Leningradi_Edasi_toimetus, lk 95
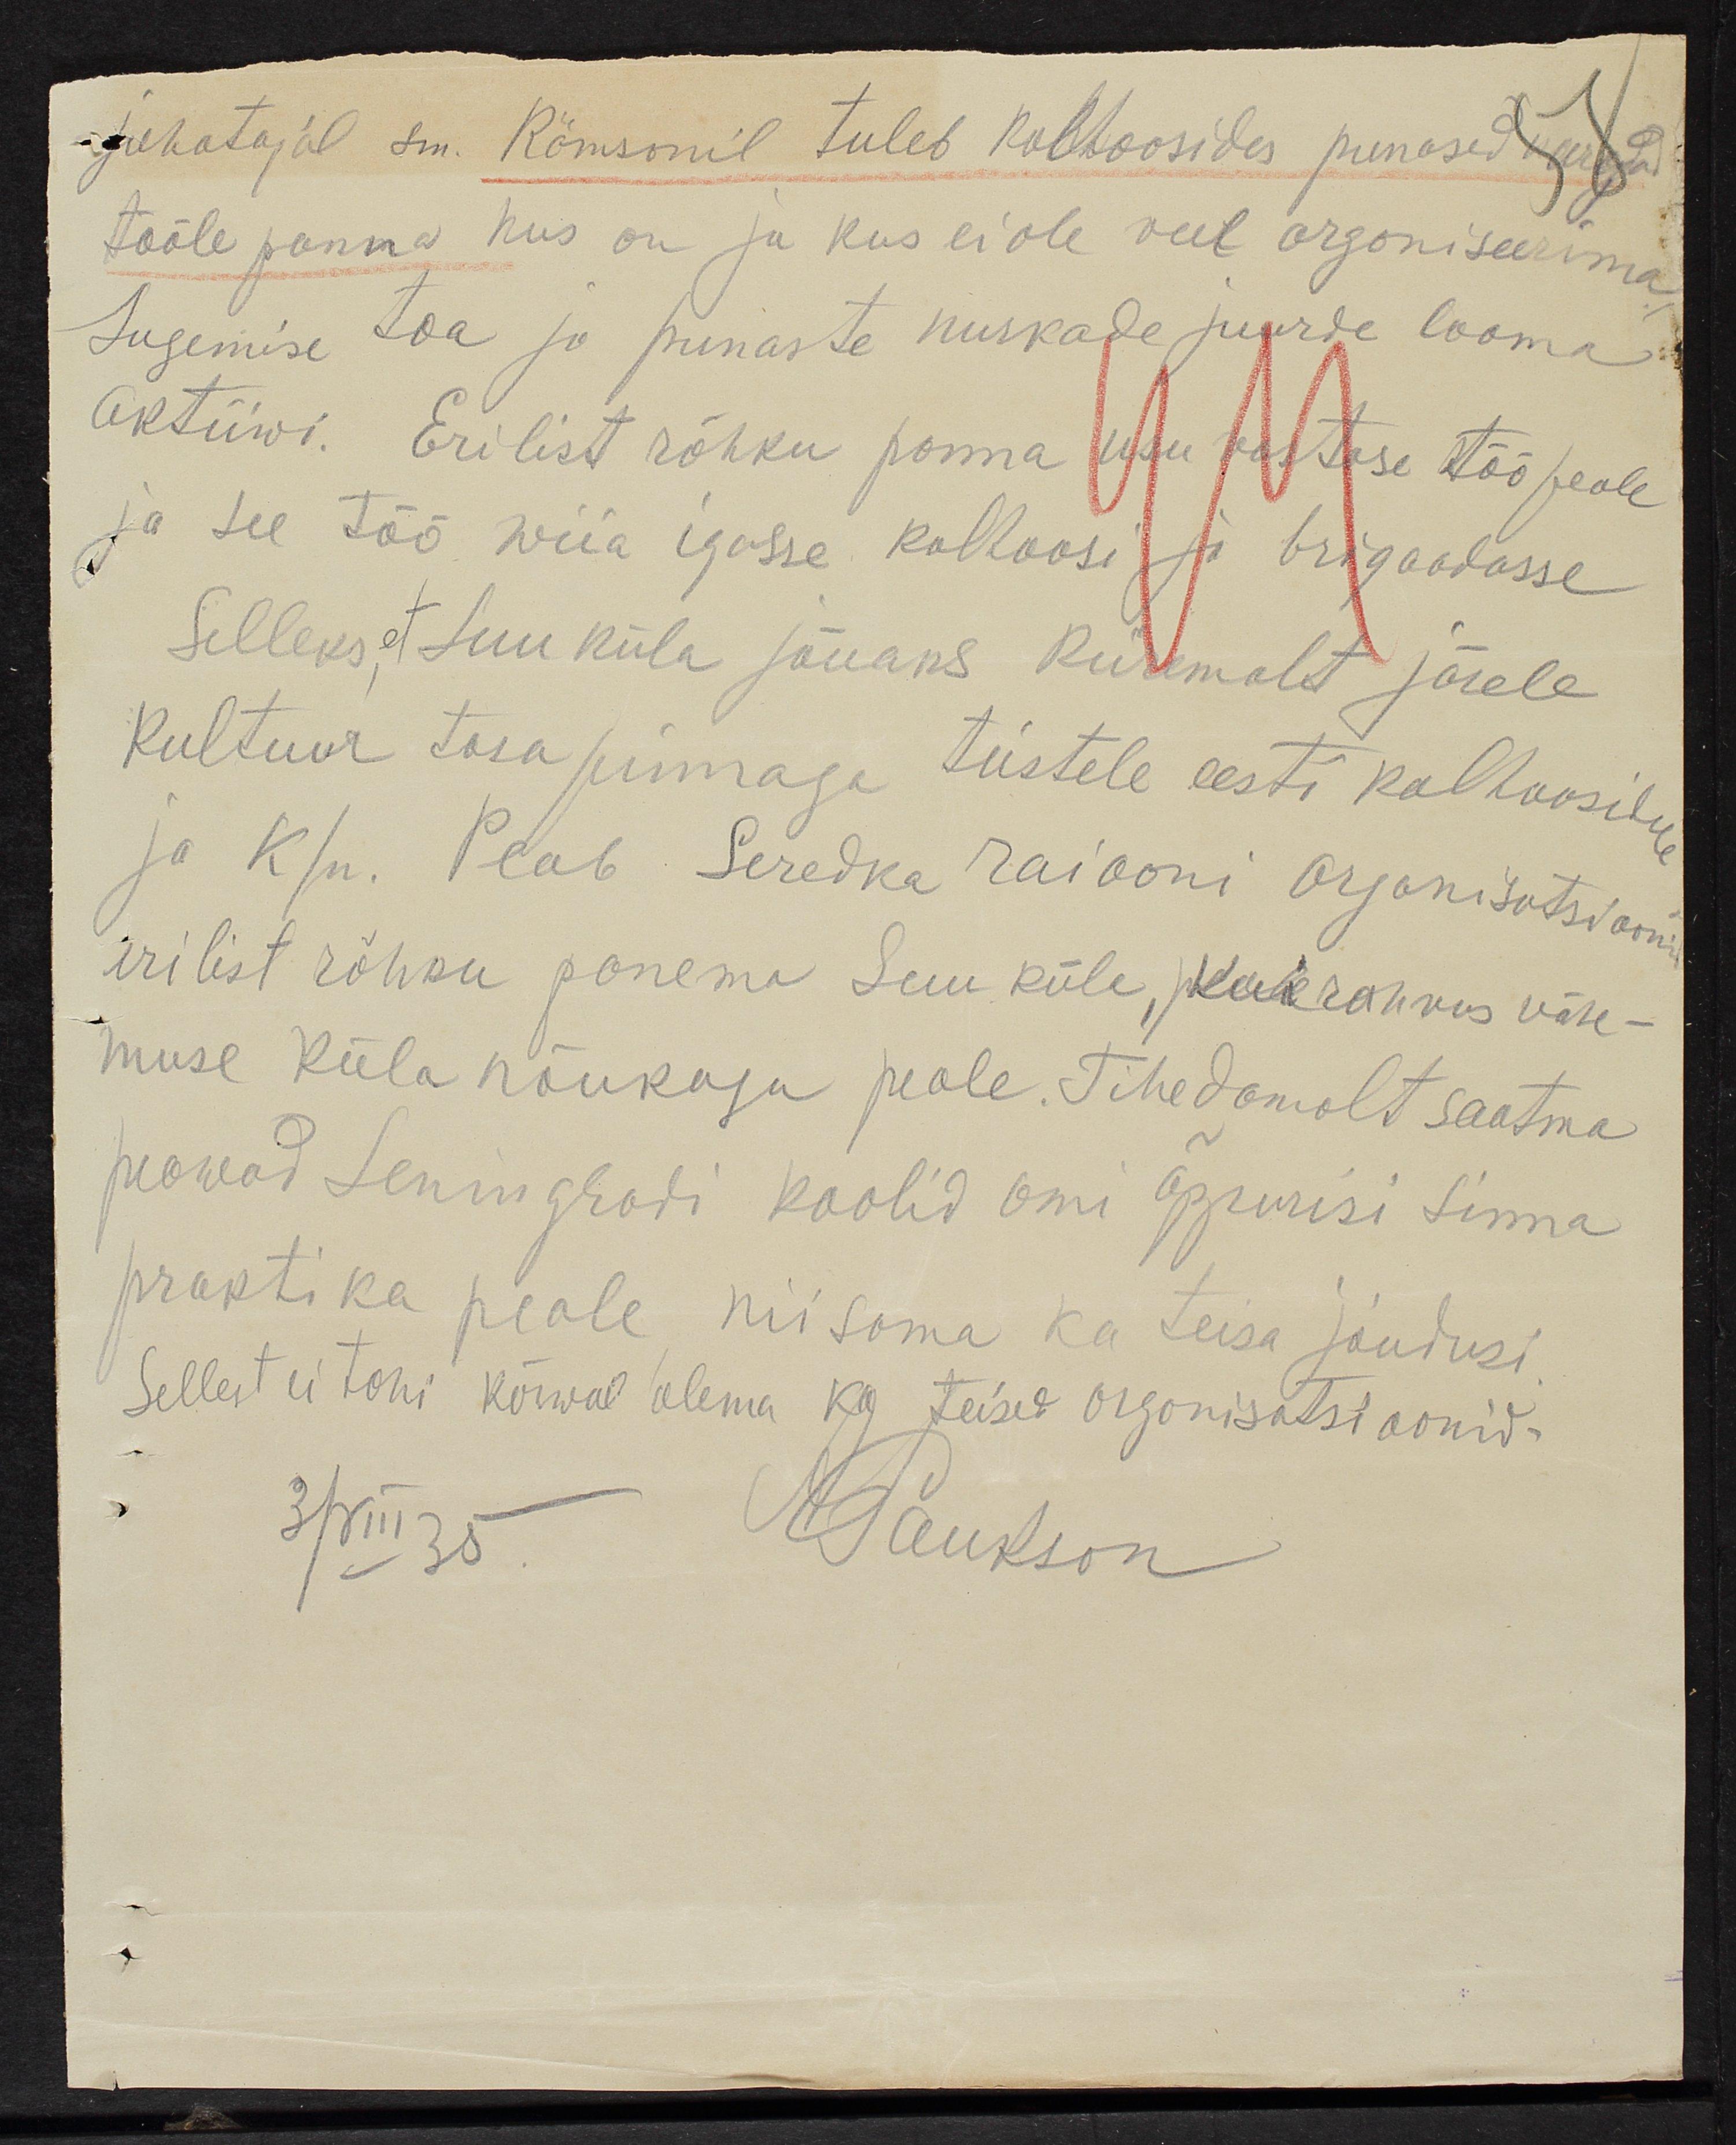
juhatajal sm. Römsonil tuleb kolhoosides punased nüüd
tööle panna kus on ja kus ei ole veel organiseerima
lugemise toa ja punaste nurkade juurde looma
Aktiiwi. Erilist rõhku panna usu vastase töö peale
ja tee töö wiia igasse kolhoosi ja brigaadasse
Selleks et Luuküla jõuaks kiiremalt järele
Kultuur toa pinnaga teistele eesti kolhoosidele
ja k.n. Peab Seredka raiooni Organisatsiooni
erilist rõhku panema Luuküla, kui rahvus vähe-
muse küla nõukogu peale. Tihedamalt saatma
peewad Leningradi koolid omi õppurisi sinna
praktika peale niisama ka teisa jõudusi
Sellest ei tohi kõrwal olema ka teised organisatsioonid.
3/VIII 35
PSautson